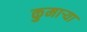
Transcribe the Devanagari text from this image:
कुमार्‍या